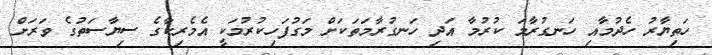
ހަތިޔާރު ހެދުމާއި ހަނގުރާމަ ކުރުމާ އަދި ހަނގުރާމަތަކަށް މަގުފަހިކުރުމަކީ އެމެރިކާގެ ސިޔާސަތުގެ ވަރަށް